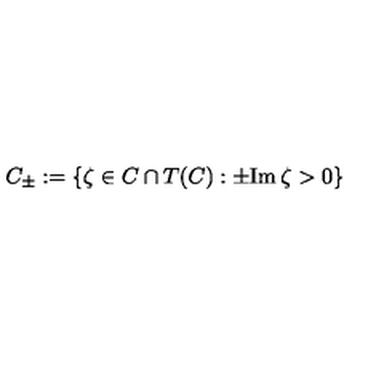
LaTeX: C _ { \pm } : = \{ \zeta \in C \cap T ( C ) : \pm \mathrm { I m } \: \zeta > 0 \}